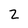
Character: 2